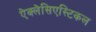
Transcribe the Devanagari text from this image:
ऐक्लेसिएस्टिकल